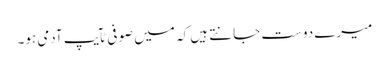
میرے دوست جانتے ہیں کہ میں صوفی ٹآیپ آدمی ہو۔